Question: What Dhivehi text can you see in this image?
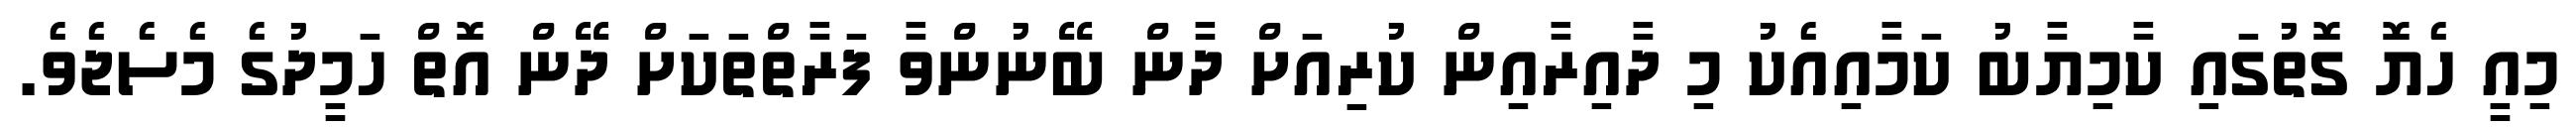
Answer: މިއީ ހެޔޮ ގޮތުގައި ކާމިޔާބު ކަމާއިއެކު މި ދާއިރާއިން ކުރިއަށް ދާން ބޭނުންވާ ފަރާތްތަކަށް ދޭން އޮތް ހަމީދުގެ މެސެޖެވެ.